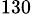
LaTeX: ^{130}